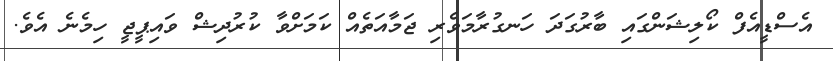
އެސްޑީއެފް ކޯލިޝަންގައި ބާރުގަދަ ހަނގުރާމަވެރި ޖަމާއަތެއް ކަމަށްވާ ކުރުދިޝް ވައިޕީޖީ ހިމެނެ އެވެ.